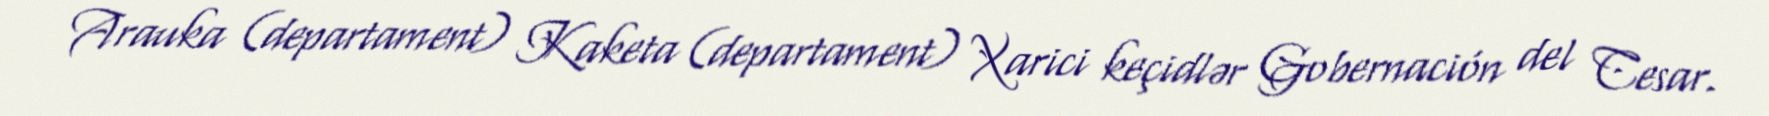
Arauka (departament) Kaketa (departament) Xarici keçidlər Gobernación del Cesar.